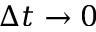
\Delta t \to 0